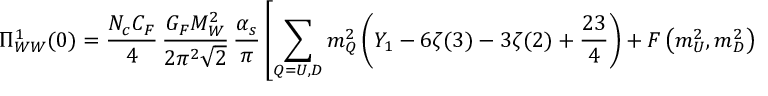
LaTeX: \Pi _ { W W } ^ { 1 } ( 0 ) = { \frac { N _ { c } C _ { F } } { 4 } } \, { \frac { G _ { F } M _ { W } ^ { 2 } } { 2 \pi ^ { 2 } \sqrt 2 } } \, { \frac { \alpha _ { s } } { \pi } } \left[ \sum _ { Q = U , D } m _ { Q } ^ { 2 } \left( Y _ { 1 } - 6 \zeta ( 3 ) - 3 \zeta ( 2 ) + { \frac { 2 3 } { 4 } } \right) + F \left( m _ { U } ^ { 2 } , m _ { D } ^ { 2 } \right) \right] ,